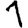
Digit: 1